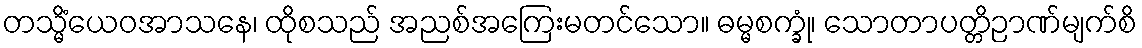
တသ္မိံယေဝအာသနေ၊ ထိုစသည် အညစ်အကြေးမတင်သော။ ဓမ္မစက္ခုံ၊ သောတာပတ္တိဉာဏ်မျက်စိ